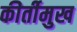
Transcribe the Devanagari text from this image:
कीर्तीमुख